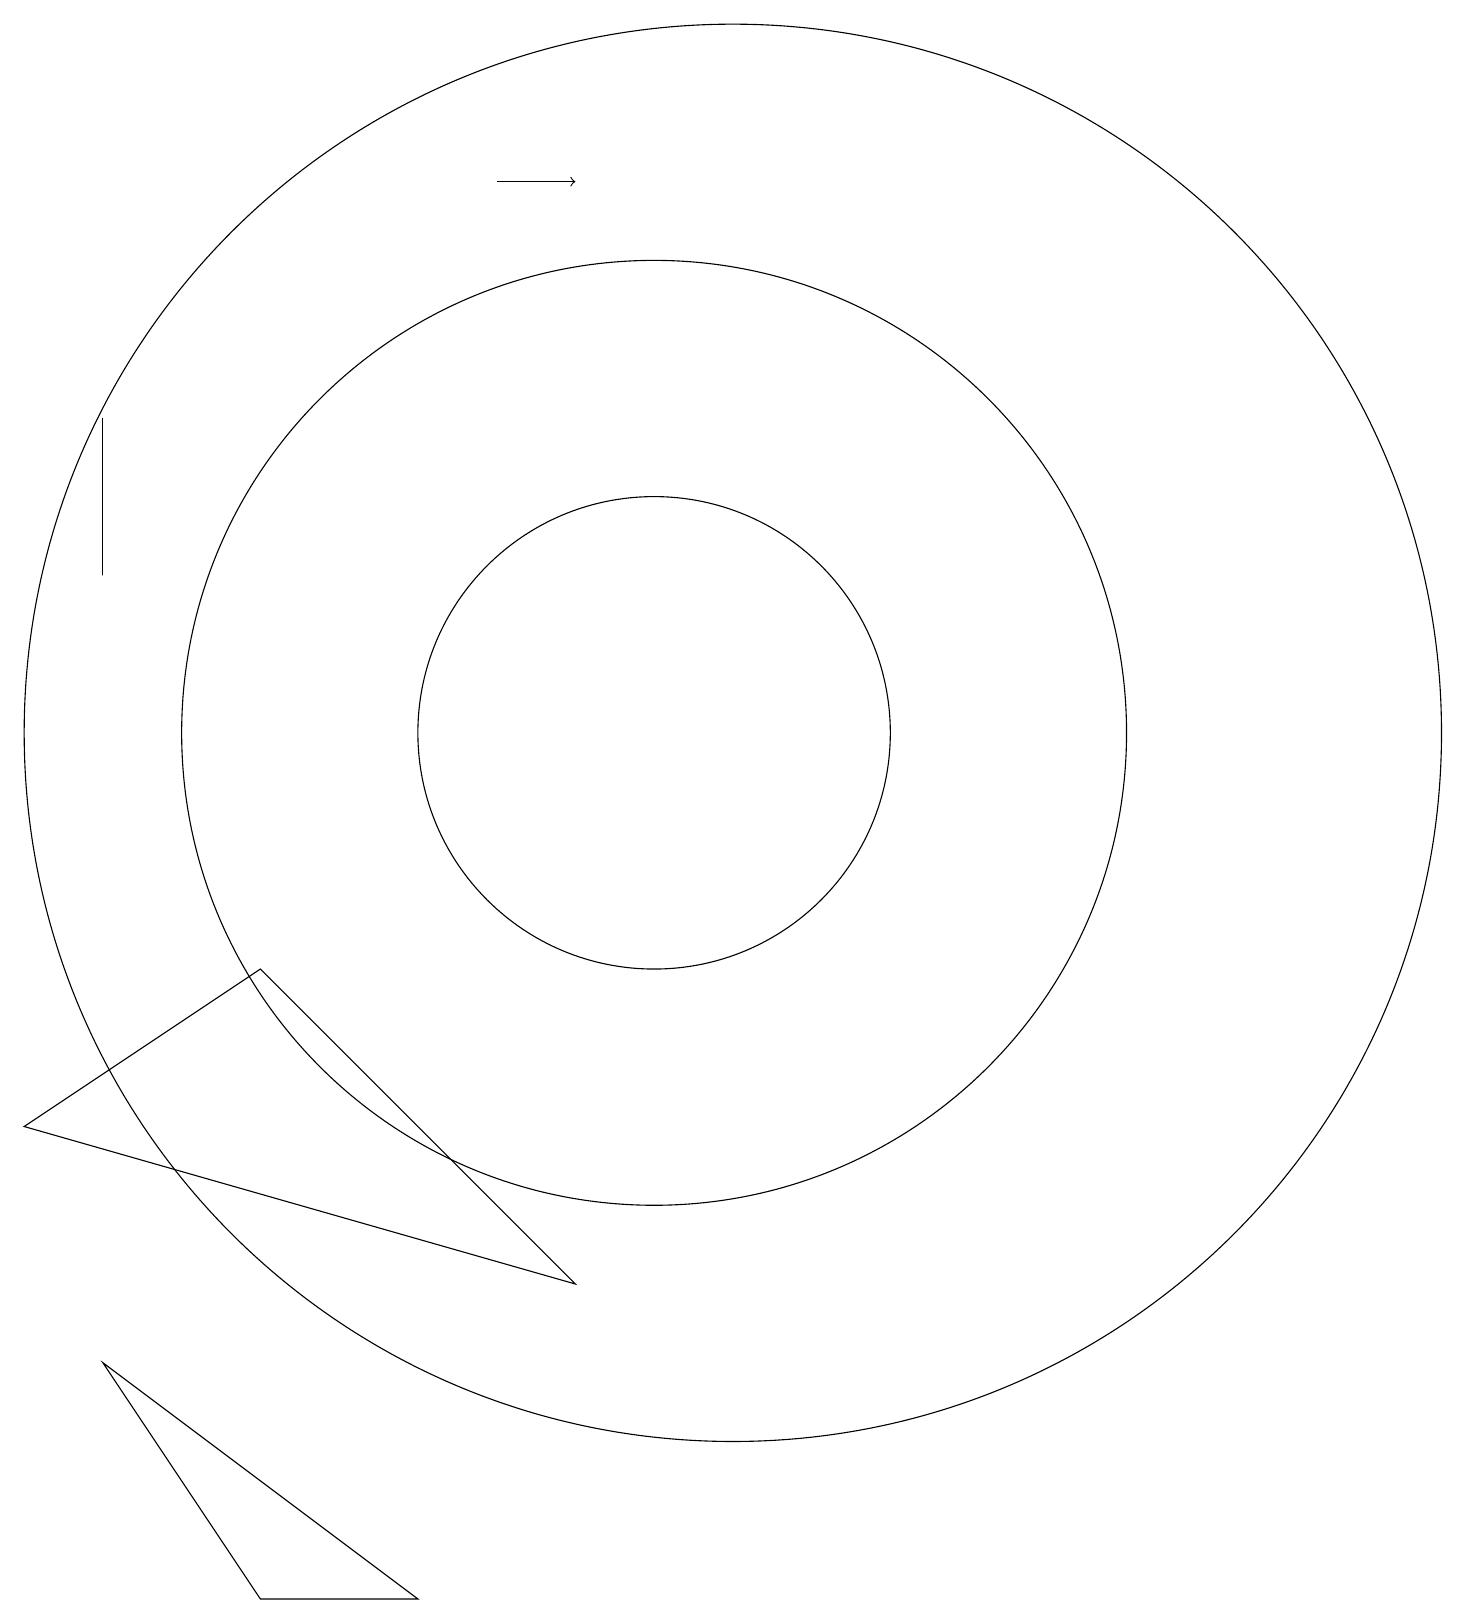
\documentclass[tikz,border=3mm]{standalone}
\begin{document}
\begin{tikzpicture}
\draw (10,11) circle (6);
\draw[->] (8,18) -- (9,18);
\draw (11,12) circle (0);
\draw (7,0) -- (3,3) -- (5,0) -- cycle;
\draw (3,13) rectangle (3,15);
\draw (11,11) circle (9);
\draw (10,11) circle (3);
\draw (9,4) -- (2,6) -- (5,8) -- cycle;
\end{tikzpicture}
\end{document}